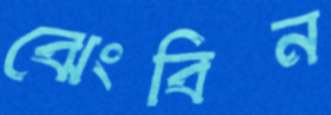
ঝেংবিন